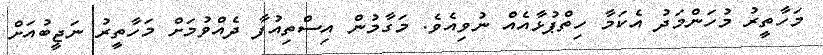
މަހާތީރު މުހަންމަދު އެކަމާ ހިތްޕުޅާއެއް ނުވިއެވެ. މަގާމުން އިސްތިއުފާ ދެއްވުމަށް މަހާތީރު ނަޖީބުއަށް